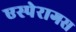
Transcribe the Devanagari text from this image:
एस्पेरागस